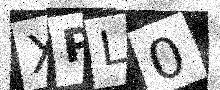
Text: XPL0